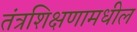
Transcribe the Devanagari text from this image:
तंत्रशिक्षणामधील